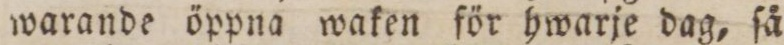
warande öppna waken för hwarje dag, ſå